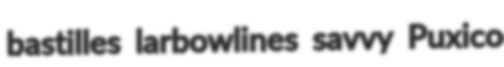
bastilles larbowlines savvy Puxico